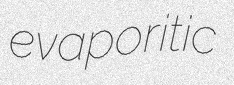
evaporitic